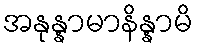
အနုန္နာမာနိန္နာမိ